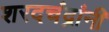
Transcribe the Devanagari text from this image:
शरदचंद्रांनी